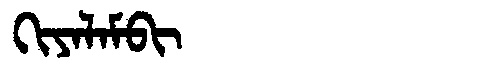
Manchu: ᡴᡳᠶᠠᠯᠠᠮᠪᡳ
Romanization: KIYALAMBI